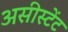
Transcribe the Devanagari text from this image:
असीस्टेंट